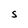
Character: S